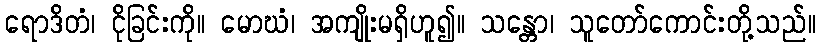
ရောဒိတံ၊ ငိုခြင်းကို။ မောဃံ၊ အကျိုးမရှိဟူ၍။ သန္တော၊ သူတော်ကောင်းတို့သည်။